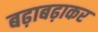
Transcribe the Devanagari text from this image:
बढ़ाबढ़ाकर